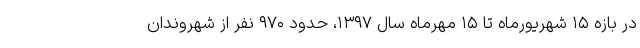
در بازه ۱۵ شهریورماه تا ۱۵ مهرماه سال ۱۳۹۷، حدود ۹۷۰ نفر از شهروندان